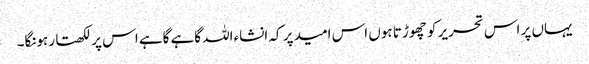
یہاں پر اس تحریر کو چھوڑتا ہوں اس امید پر کہ انشاءاللہ گاہے گاہے اس پر لکھتا رہونگا۔